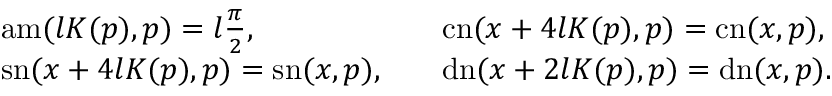
\begin{array} { r l r l } & { \mathrm { a m } ( l K ( p ) , p ) = l \frac { \pi } { 2 } , \qquad } & & { \mathrm { c n } ( x + 4 l K ( p ) , p ) = \mathrm { c n } ( x , p ) , } \\ & { \mathrm { s n } ( x + 4 l K ( p ) , p ) = \mathrm { s n } ( x , p ) , } & & { \mathrm { d n } ( x + 2 l K ( p ) , p ) = \mathrm { d n } ( x , p ) . } \end{array}